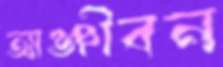
আঞ্জীবন